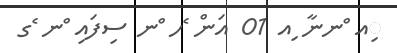
ިއ ްނނާ ިއ 01 އަން ެހ ްނ ސިފައި ްނ ެގ